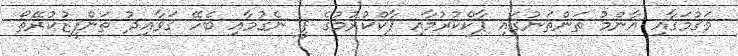
މަގުމަގާއި އާންމު ތަންތަނުގައި ޕާކްކުރުމާއި ޕާކްކުރުމުގެ ފީ ނެގުމާއި ބެހޭ ޤަވާޢިދު ތަންފީޒުކުރޭތޯ